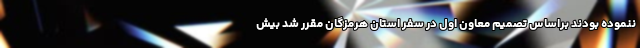
ننموده بودند براساس تصمیم معاون اول در سفر استان هرمزگان مقرر شد بیش